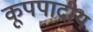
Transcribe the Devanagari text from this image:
कूपपादीय